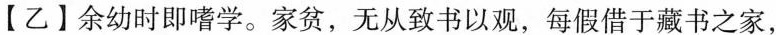
【乙】余幼时即嗜学。家贫，无从致书以观，每假借于藏书之家，